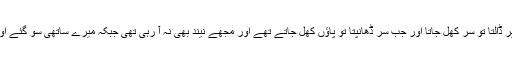
میں ایک چادر اوڑھے ہوئے تھا جب اس کو پاؤں پر ڈالتا تو سر کھل جاتا اور جب سر ڈھانپتا تو پاؤں کھل جاتے تھے اور مجھے نیند بھی نہ آ رہی تھی جبکہ میرے ساتھی سو گئے اور انہوں نے یہ کام نہیں کیا تھا جو میں نے کیا تھا۔